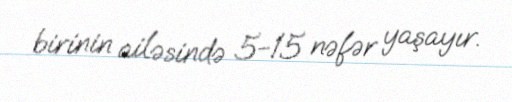
birinin ailəsində 5-15 nəfər yaşayır.